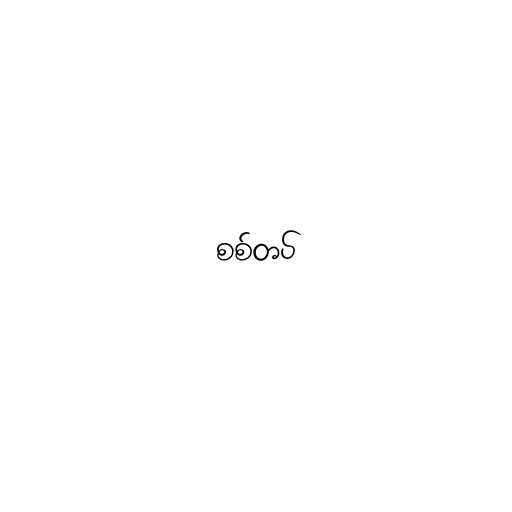
စစ်တပ်